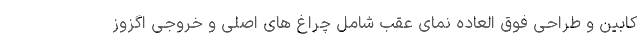
کابین و طراحی فوق العاده نمای عقب شامل چراغ های اصلی و خروجی اگزوز